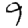
Digit: 9